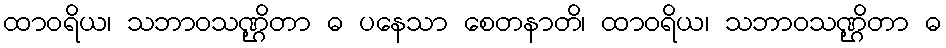
ထာဝရိယ၊ သဘာဝသဏ္ဌိတာ ဓ ပနေသာ စေတနာတိ၊ ထာဝရိယ၊ သဘာဝသဏ္ဌိတာ ဓ